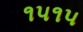
૧૫૧૫